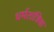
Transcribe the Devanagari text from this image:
धर्मतांत्रिक